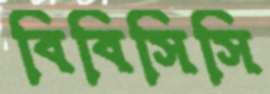
বিবিসিসি